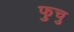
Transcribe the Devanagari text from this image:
फुचु